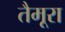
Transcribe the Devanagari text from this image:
तैमूरा